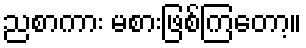
ညစာကား မစားဖြစ်ကြတော့။